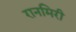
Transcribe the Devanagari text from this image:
रानमिरी